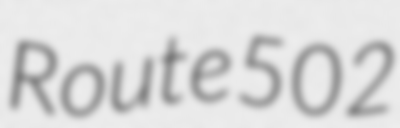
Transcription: Route 502